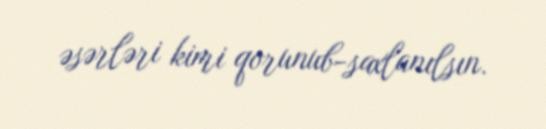
əsərləri kimi qorunub-saxlanılsın.